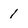
Character: 1